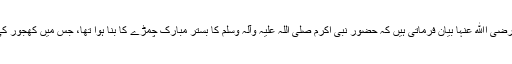
''حضرت عائشہ صدیقہ رضی اﷲ عنہا بیان فرماتی ہیں کہ حضور نبی اکرم صلی اللہ علیہ وآلہ وسلم کا بستر مبارک چمڑے کا بنا ہوا تھا، جس میں کھجور کی چھال بھری ہوئی تھی۔